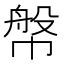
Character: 幋